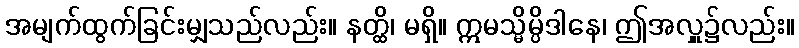
အမျက်ထွက်ခြင်းမျှသည်လည်း။ နတ္ထိ၊ မရှိ။ ဣမသ္မိမ္ပိဒါနေ၊ ဤအလှူ၌လည်း။